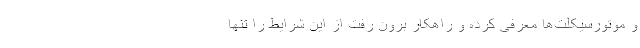
و موتورسیکلت‌ها معرفی کرده و راهکار برون رفت از این شرایط را تنها